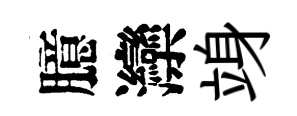
臆灤竧